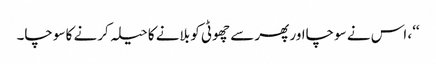
‘‘، اس نے سوچااور پھر سے چھوٹی کو بلانے کا حیلہ کرنے کا سوچا۔